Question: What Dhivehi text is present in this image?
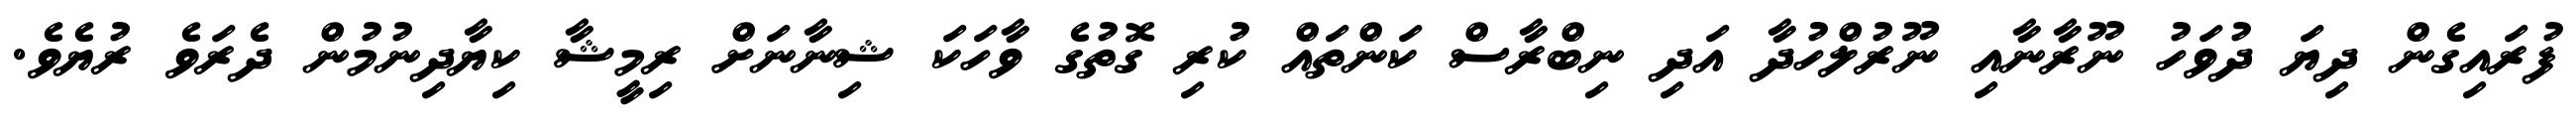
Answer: ފުރައިގެން ދިޔަ ދުވަހު ނޫރާނާއި ނޫރުލްހުދާ އަދި ނިބްރާސް ކަންތައް ކުރި ގޮތުގެ ވާހަކަ ޝިނާނަށް ރިމީޝާ ކިޔާދިނުމުން ދެރަވެ ރުޔެވެ.